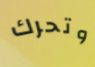
وتحرك